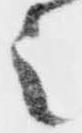
之